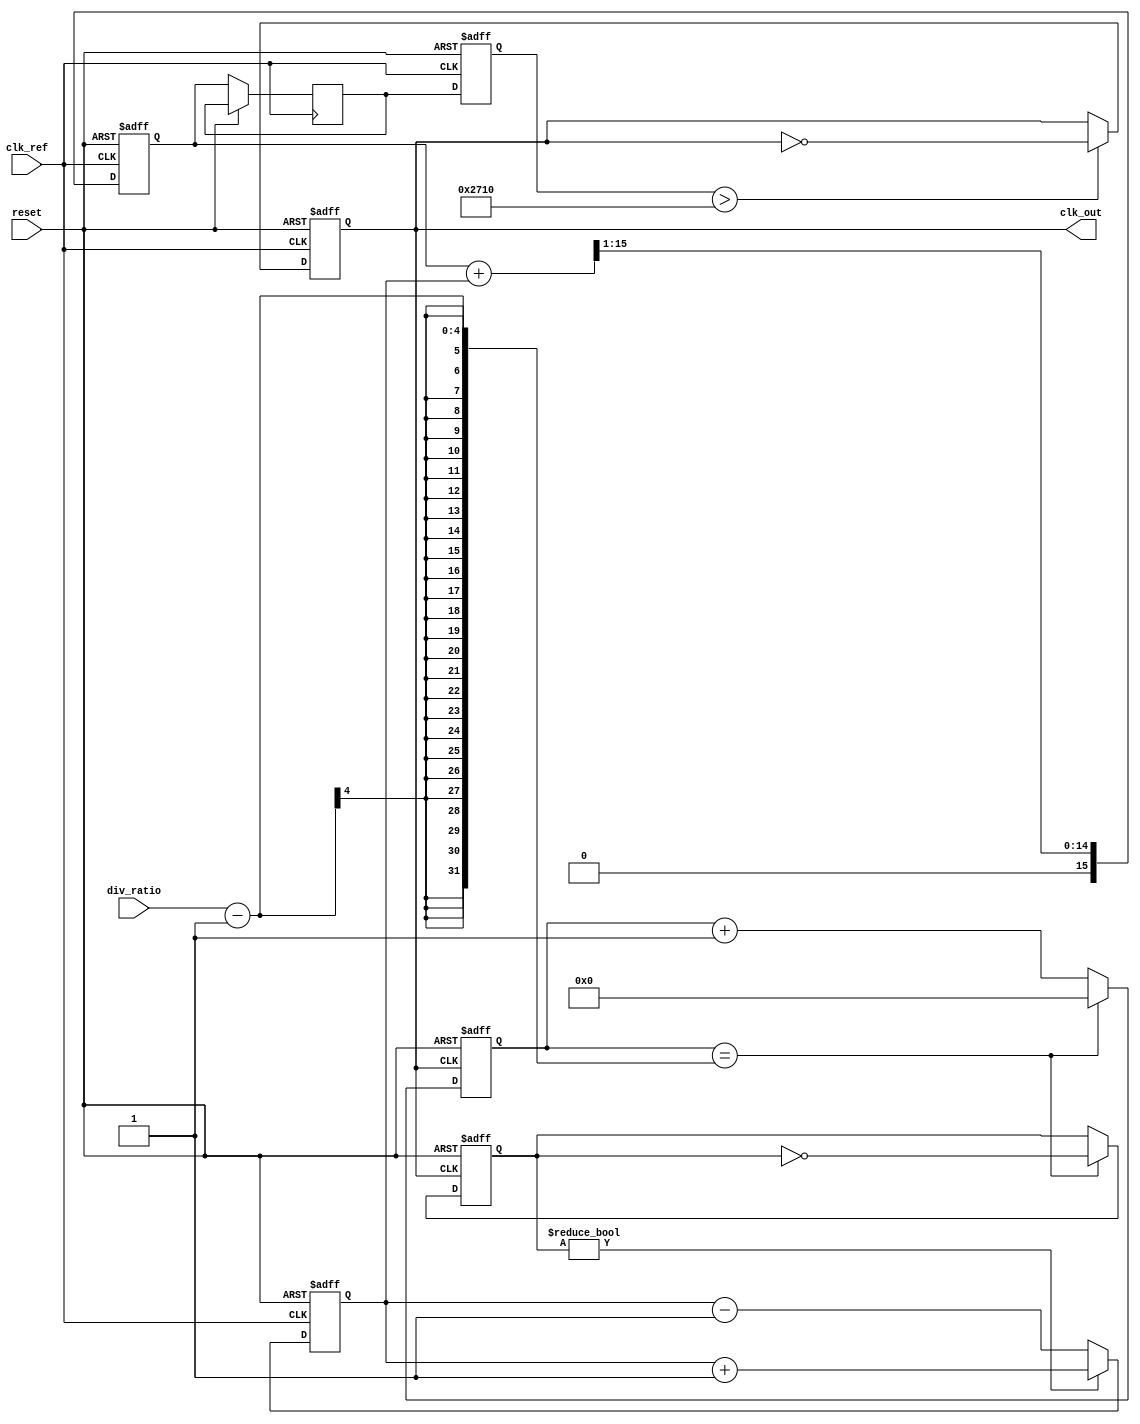
module high_performance_PLL (
    input wire clk_ref,           // Reference clock input
    input wire reset,             // Asynchronous reset
    input wire [3:0] div_ratio,   // Programmable division ratio
    output reg clk_out            // Output clock signal
);

    // Internal signals
    reg [15:0] phase_error;       // Phase error output from PD
    reg [15:0] control_voltage;    // Control voltage output to VCO
    reg [15:0] vco_output;         // Output frequency of VCO
    reg [3:0] divider_count;       // Count for feedback divider
    reg [3:0] feedback_clk;        // Feedback clock signal
    reg [15:0] lpf_output;         // Output of Low Pass Filter

    // Phase Detector
    always @(posedge clk_ref or posedge reset) begin
        if (reset) begin
            phase_error <= 0;
        end else begin
            // Simple phase detection logic (for illustration)
            if (feedback_clk) begin
                phase_error <= phase_error + 1; // Increment phase error
            end else begin
                phase_error <= phase_error - 1; // Decrement phase error
            end
        end
    end

    // Low Pass Filter
    always @(posedge clk_ref or posedge reset) begin
        if (reset) begin
            lpf_output <= 0;
        end else begin
            // Simple LPF logic to smooth control voltage
            lpf_output <= (lpf_output + phase_error) >> 1; // Averaging
            control_voltage <= lpf_output; // Output control voltage
        end
    end

    // Voltage-Controlled Oscillator (VCO)
    always @(posedge clk_ref or posedge reset) begin
        if (reset) begin
            vco_output <= 0;
            clk_out <= 0;
        end else begin
            // Adjust frequency based on control voltage
            vco_output <= control_voltage; // This should represent frequency
            // Generate clk_out based on vco_output (simplified)
            clk_out <= (vco_output > 10000) ? ~clk_out : clk_out; // Threshold for toggling
        end
    end

    // Frequency Divider (Feedback Divider)
    always @(posedge clk_out or posedge reset) begin
        if (reset) begin
            divider_count <= 0;
            feedback_clk <= 0;
        end else begin
            // Simple feedback divider logic
            if (divider_count == (div_ratio - 1)) begin
                feedback_clk <= ~feedback_clk; // Toggle feedback clock
                divider_count <= 0; // Reset count
            end else begin
                divider_count <= divider_count + 1; // Increment count
            end
        end
    end

endmodule